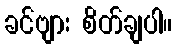
ခင်ဗျား စိတ်ချပါ။